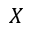
X